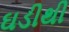
ઘડીથી